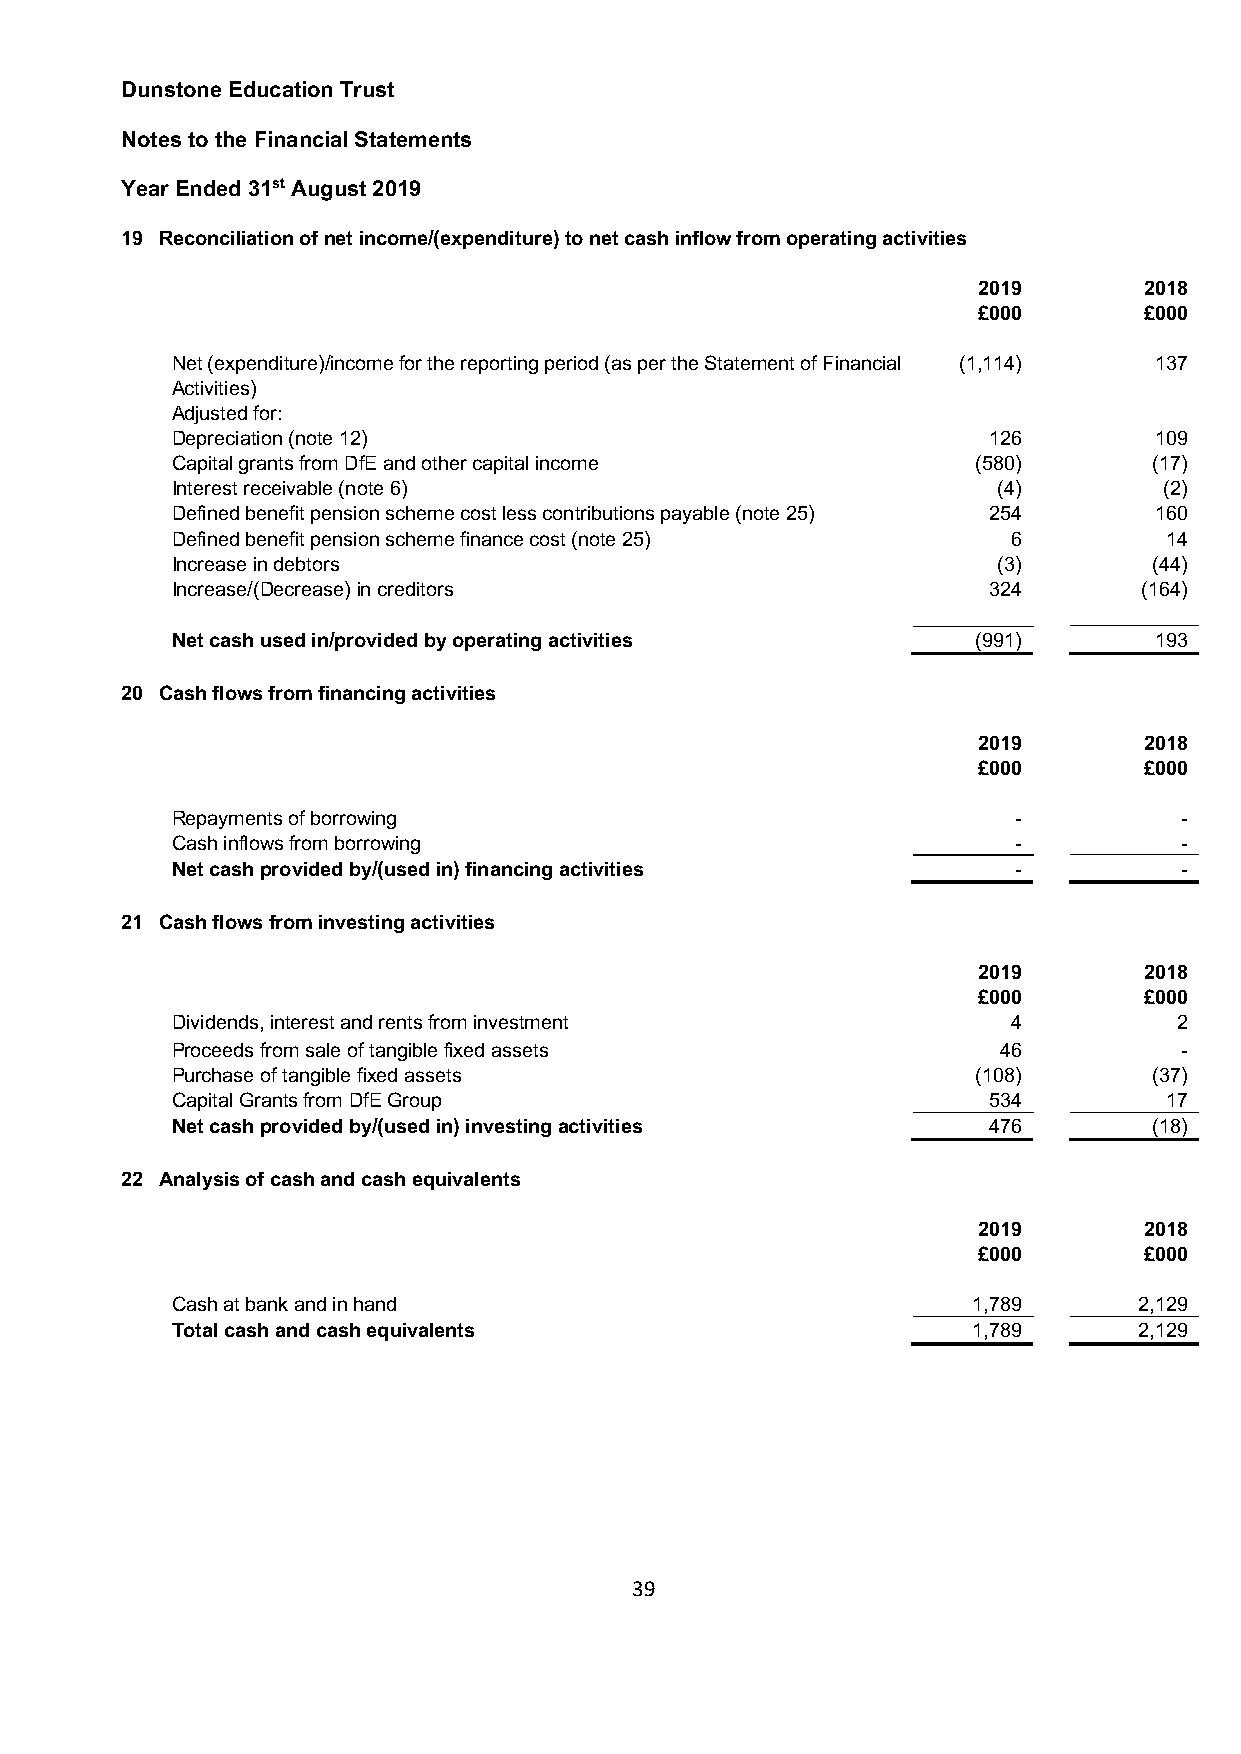
Dunstone Education Trust
 Notes to the Financial Statements
 Year Ended 31st August 2019
 19 Reconciliation of net income/(expenditure) to net cash inflow from operating activities
 2019       2018
 £000       £000
 Net (expenditure)/income for the reporting period (as per the Statement of Financial (1,114) 137
 Activities)
 Adjusted for:
 Depreciation (note 12)                                126        109
 Capital grants from DfE and other capital income      (580)      (17)
 Interest receivable (note 6)                           (4)        (2)
 Defined benefit pension scheme cost less contributions payable (note 25) 254 160
 Defined benefit pension scheme finance cost (note 25)   6         14
 Increase in debtors                                    (3)       (44)
 Increase/(Decrease) in creditors                      324        (164)
 Net cash used in/provided by operating activities     (991)      193
 20 Cash flows from financing activities
 2019       2018
 £000       £000
 Repayments of borrowing                                 -          -
 Cash inflows from borrowing                             -          -
 Net cash provided by/(used in) financing activities     -          -
 21 Cash flows from investing activities
 2019       2018
 £000       £000
 Dividends, interest and rents from investment           4          2
 Proceeds from sale of tangible fixed assets            46          -
 Purchase of tangible fixed assets                     (108)      (37)
 Capital Grants from DfE Group                         534         17
 Net cash provided by/(used in) investing activities   476        (18)
 22 Analysis of cash and cash equivalents
 2019       2018
 £000       £000
 Cash at bank and in hand                             1,789      2,129
 Total cash and cash equivalents                      1,789      2,129
 39